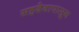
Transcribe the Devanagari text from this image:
सहदेवापासून